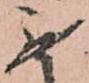
無